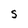
Character: S